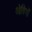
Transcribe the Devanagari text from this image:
ओवियों